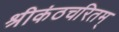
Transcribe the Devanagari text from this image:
श्रीकंठचरितम्